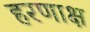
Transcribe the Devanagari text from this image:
हरणाक्ष